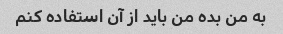
به من بده من باید از آن استفاده کنم